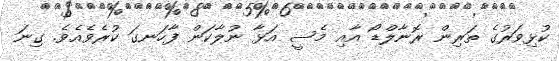
ކުޅިވަރުގެ ތަރިން ރޮނާލްޑޯ އާއި މެސީ އަޅާ ނުލާކަން ފާހަނގަ ކުރެވެއެވެ. ގިނަ